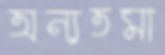
অন্যতমা